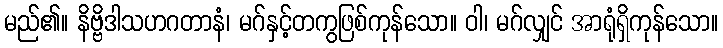
မည်၏။ နိဗ္ဗိဒါသဟဂတာနံ၊ မဂ်နှင့်တကွဖြစ်ကုန်သော။ ဝါ၊ မဂ်လျှင် အာရုံရှိကုန်သော။